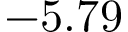
- 5 . 7 9